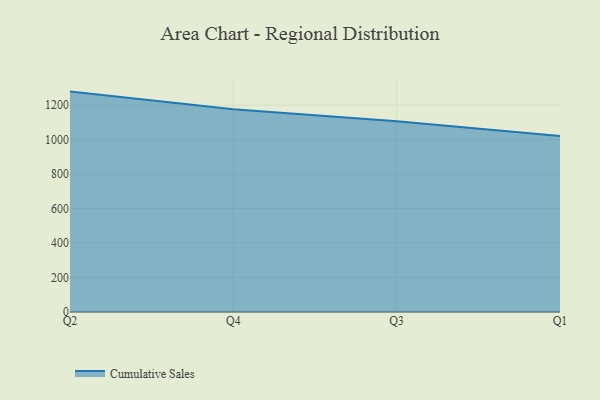
{"axis": {"x": "Quarter", "y": "Latency (ms)"}, "legend": ["Cumulative Sales"], "data": [{"x": "Q2", "y": 1278.7, "type": "Cumulative Sales"}, {"x": "Q4", "y": 1175.9, "type": "Cumulative Sales"}, {"x": "Q3", "y": 1106.7, "type": "Cumulative Sales"}, {"x": "Q1", "y": 1020.7, "type": "Cumulative Sales"}]}